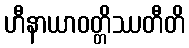
ဟီနာယာဝတ္တိဿတီတိ